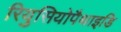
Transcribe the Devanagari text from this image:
रियुसियोपैथाइडि